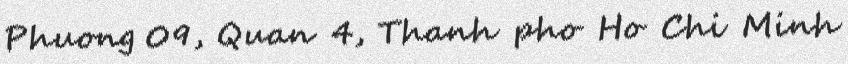
Phuong 09, Quan 4, Thanh pho Ho Chi Minh